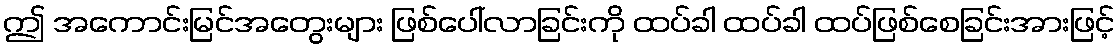
ဤ အကောင်းမြင်အတွေးများ ဖြစ်ပေါ်လာခြင်းကို ထပ်ခါ ထပ်ခါ ထပ်ဖြစ်စေခြင်းအားဖြင့်